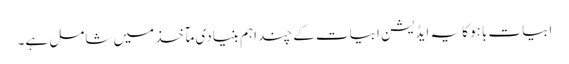
ابیات باہو کا یہ ایڈیشن ابیات کے چند اہم بنیادی مآخذ میں شامل ہے۔